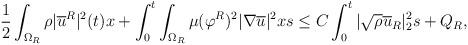
LaTeX: \begin{align*}&\frac{1}{2}\int_{\Omega_R}\rho |\overline{u}^R|^2(t)x+\int_0^t \int_{\Omega_R} \mu(\varphi^R)^2|\nabla \overline{u}|^2xs\leq C \int_0^t|\sqrt{\rho}\overline{u}_R|^2_2s+Q_R,\end{align*}